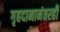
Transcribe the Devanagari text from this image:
गृहदानानंतरही